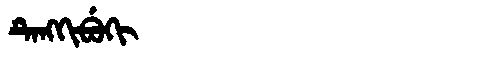
Manchu: ᡨᡝᠩᡴᡳᠪᡠᡴᡳ
Romanization: TENGKIBUKI